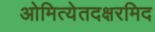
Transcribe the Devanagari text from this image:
ओमित्येतदक्षरमिद